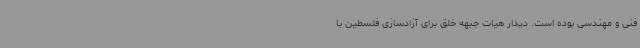
فنی و مهندسی بوده است. دیدار هیات جبهه خلق برای آزادسازی فلسطین با